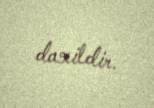
daxildir.